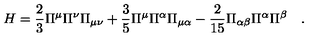
H = \frac { 2 } { 3 } \Pi ^ { \mu } \Pi ^ { \nu } \Pi _ { \mu \nu } + \frac { 3 } { 5 } \Pi ^ { \mu } \Pi ^ { \alpha } \Pi _ { \mu \alpha } - \frac { 2 } { 1 5 } \Pi _ { \alpha \beta } \Pi ^ { \alpha } \Pi ^ { \beta } \quad .